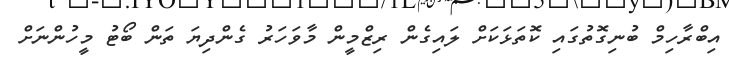
އިބްރާހިމް ބުނިގޮތުގައި ކޮތަޅަކަށް ލައިގެން ރިޒްމީން މާވަހަރު ގެންދިޔަ ތަން ބޯޓު މީހުންނަށް